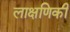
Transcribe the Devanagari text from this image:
लाक्षणिकी